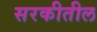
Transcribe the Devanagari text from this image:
सरकीतील